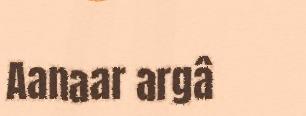
Aanaar argâ